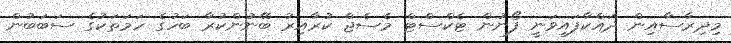
މިދިރާސާއިން ދައްކާފައިވަނީ ފޯނުން ޓެކްސްޓް މެސެޖް ކުރާއިރު ބޭނުންކުރާ ބަހުގެ ހަމަތަކުގެ ސަބަބުން